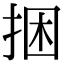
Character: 捆